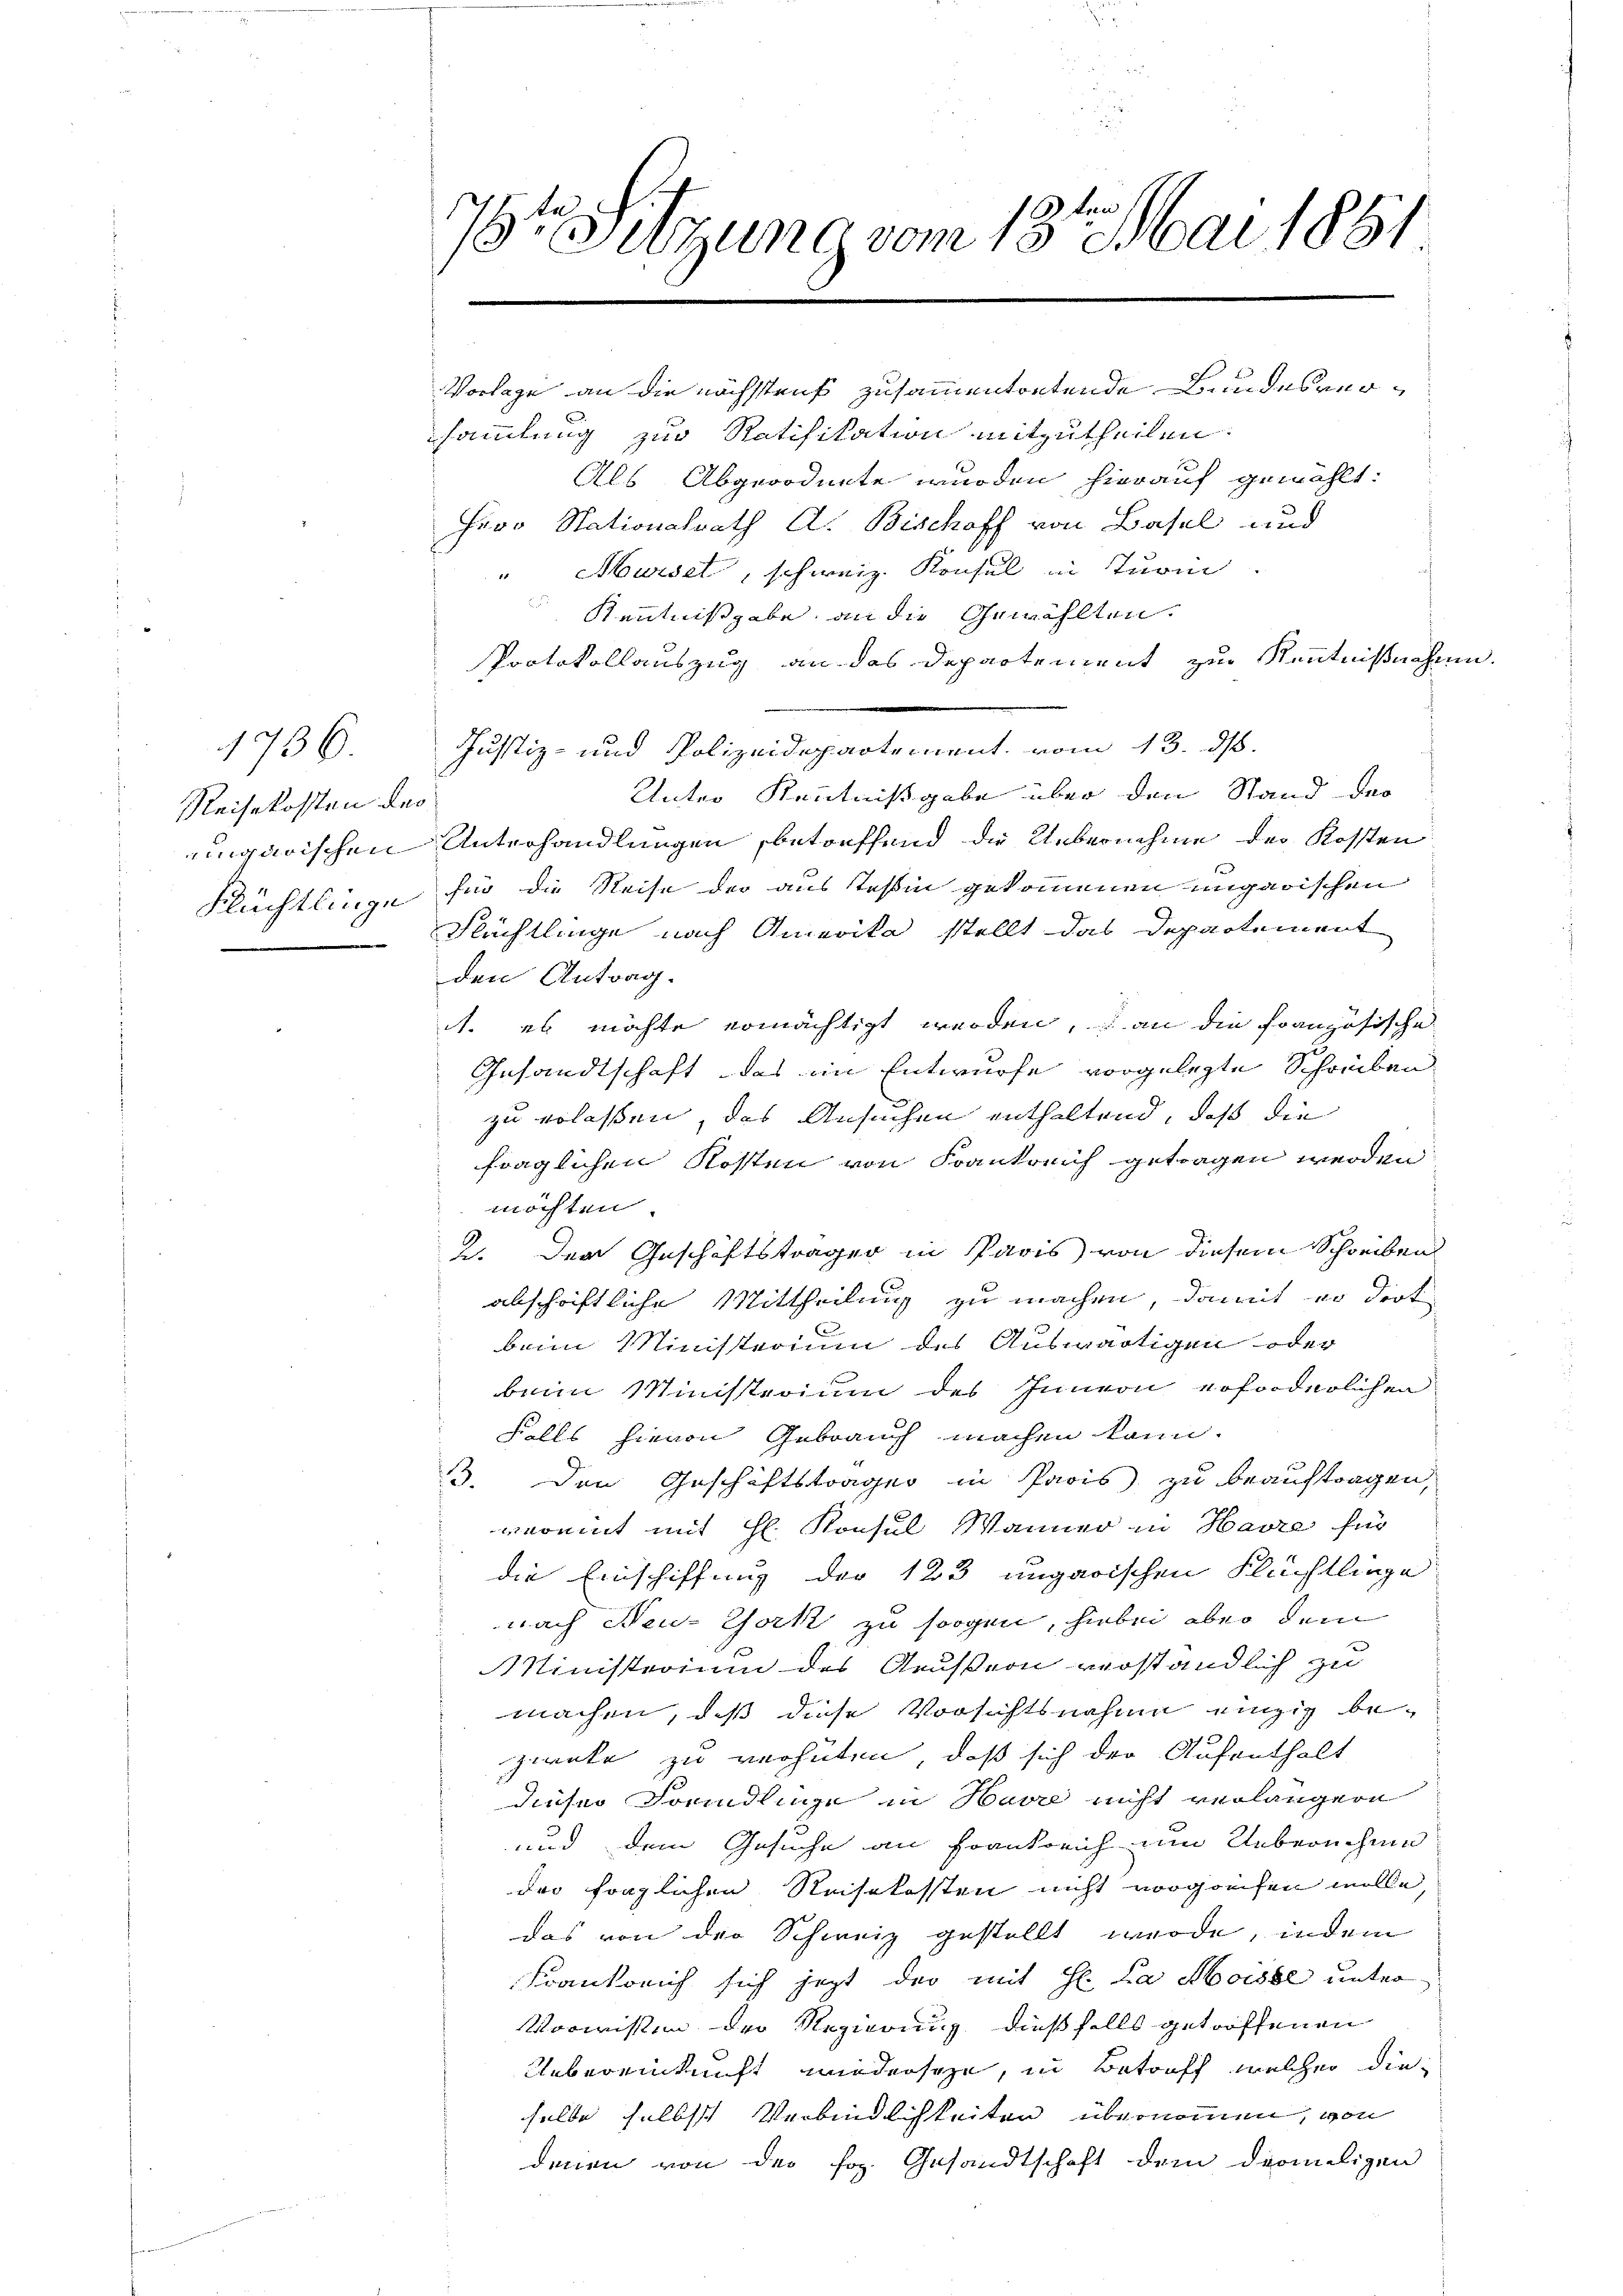
1736.
Reisekosten der
ingarischen
Flüchtlinge

7t Sitzung vom 18ten Mai 1881

Vorlage an die nächstraf zusammentortende Bundesversammlung zur Ratifikation mitzutheilen.
Als Abgeordnete wurden hierauf gewählt:
hero Stationalrath A. Bischoff von Basel und
" Marsel, schweiz. Konsul in Turm
Kenntnißgabe an die Gewählten.
PProtokollauszug an das Departement zur Kenntnißnahme.
Justiz- und Polizeidepartement vom 13. ds.
Unter Kenntnißgabe über den Stand der
Unterhandlungen, betreffend die Uebernehme der Kosten
für die Reise der aus Tessin gekommenen ungarischen
Flächtlinge nach Amerika stellt das Departement
den Antrag.
. es möchte ermächtigt werden, an die Französische
Gesandtschaft das im Entwurfe vorgelegte Schreiben
zu erlassen, das Ansuchen enthaltend, daß die
fraglichen Kosten von Krankreich getragen werden
möchten
2. Der Geschäftsträger in Paris von diesem Schreibens
abschriftliche Mittheilung zu machen, damit er dort
beim Ministerium des Auswärtigen oder
beim Ministerium des Innern erforderlichen
Falls hievon Gebrauch machen kann.
. Den Geschäftstragen in Paris zu beauftragen,
vereint mit H. Konsul Wanner in Havre für
die Einschiffung der 123 ungarischen Flüchtlinge
nach Neuz York zu sorgen, hiebei aber dem
Ministerium des Grussion verständlich zu
machen, daß diese Vorsichtsnahme einzig beziente zu verhüten, daß sich der Aufenthalt
dieser Forndlinge in Havre nicht verlängern
und dem Gesuche an Frankreich um Uebernehme
der fraglichen Reisekosten nicht vorgreifen wolle,
das von der Schweiz gestellt werde, indem
Frankreich sich jezt der mit H. La Moisse unter¬
Vorwissen der Regierung dießfalls getroffenen
Uebereinkunft wiederseyn, in Betroff welcher die
selbe selbst Verbindlichkeiten übernommen, von
denen von der sog. Gesandtschaft dem dermaligen